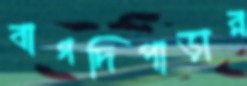
বাগদিপাড়ার